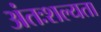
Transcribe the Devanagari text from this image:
अंतःशल्यता